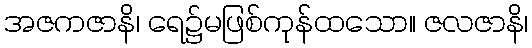
အဇကဇာနိ၊ ရေ၌မဖြစ်ကုန်ထသော။ ဇလဇာနိ၊